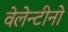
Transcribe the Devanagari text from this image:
वेलेन्टीनो